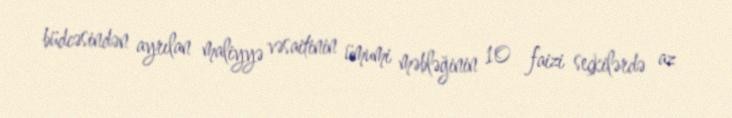
büdcəsindən ayrılan maliyyə vəsaitinin ümumi məbləğinin 10 faizi seçkilərdə az